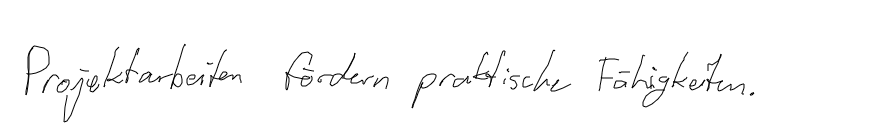
Projektarbeiten fördern praktische Fähigkeiten.